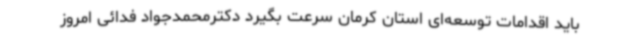
باید اقدامات توسعه‌ای استان کرمان سرعت بگیرد دکترمحمدجواد فدائی امروز